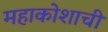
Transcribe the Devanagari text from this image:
महाकोशाची